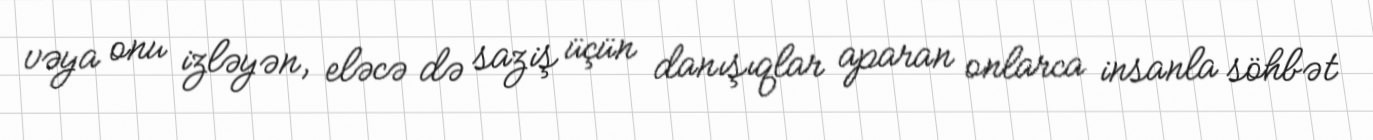
vəya onu izləyən, eləcə də saziş üçün danışıqlar aparan onlarca insanla söhbət